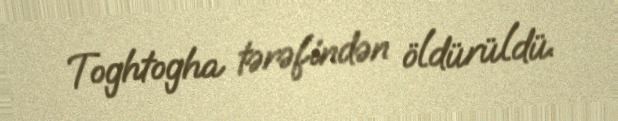
Toghtogha tərəfindən öldürüldü.